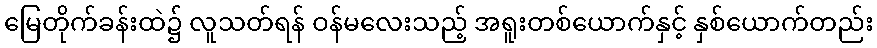
မြေတိုက်ခန်းထဲ၌ လူသတ်ရန် ဝန်မလေးသည့် အရူးတစ်ယောက်နှင့် နှစ်ယောက်တည်း